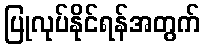
ပြုလုပ်နိုင်ရန်အတွက်